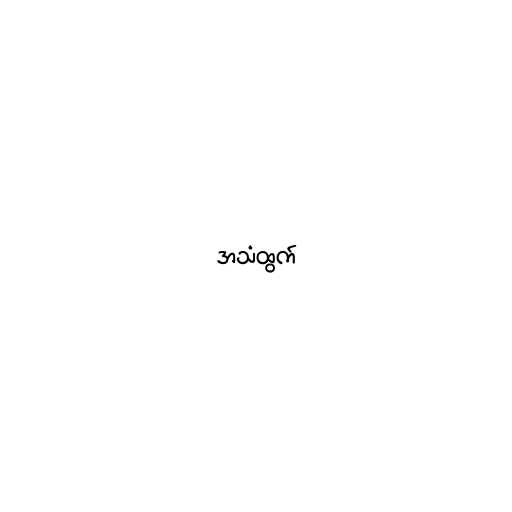
အသံထွက်